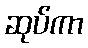
ဆုပ်ကာ